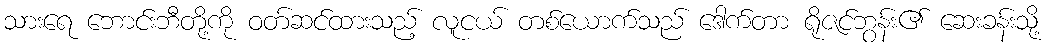
သားရေ ဘောင်းဘီတို့ကို ဝတ်ဆင်ထားသည့် လူငယ် တစ်ယောက်သည် ဒေါက်တာ ရိုဇင်ဘွန်း၏ ဆေးခန်းသို့